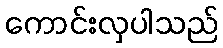
ကောင်းလှပါသည်